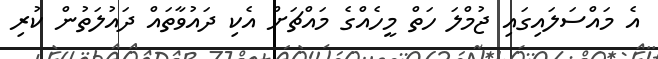
އެ މައްސަލައިގައި ޖުމްލަ ހަތް މީހެއްގެ މައްޗަށް އެކި ދައުވާތައް ދައުލަތުން ކުރި